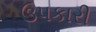
ઉપકારી